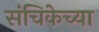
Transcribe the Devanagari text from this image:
संचिकेच्या